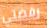
رفضتي